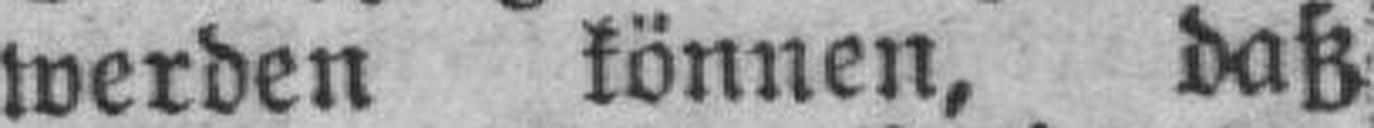
werden können, daß